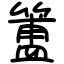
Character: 簠